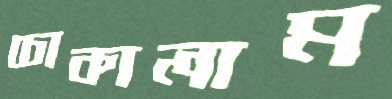
চোকালাম